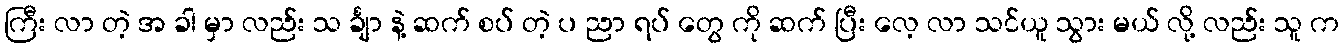
ကြီး လာ တဲ့ အ ခါ မှာ လည်း သ င်္ချာ နဲ့ ဆက် စပ် တဲ့ ပ ညာ ရပ် တွေ ကို ဆက် ပြီး လေ့ လာ သင်ယူ သွား မယ် လို့ လည်း သူ က